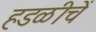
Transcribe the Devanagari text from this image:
हडळीचें